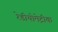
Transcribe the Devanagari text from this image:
रेडीयोमेट्रीक